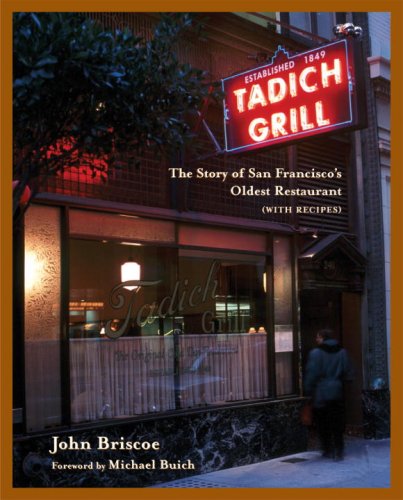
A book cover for Tadich Grill: The Story of San Francisco's Oldest Restaurant, With Recipes; John Briscoe; Cookbooks, Food & Wine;